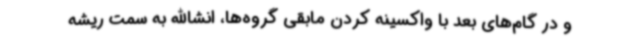
و در گام‌های بعد با واکسینه کردن مابقی گروه‌ها، انشاالله به سمت ریشه